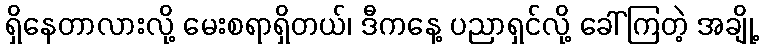
ရှိနေတာလားလို့ မေးစရာရှိတယ်၊ ဒီကနေ့ ပညာရှင်လို့ ခေါ်ကြတဲ့ အချို့